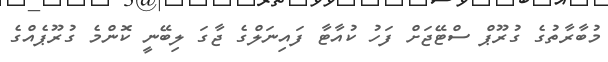
މުބާރާތުގެ ގުރޫޕް ސްޓޭޖަށް ފަހު ކުއާޓާ ފައިނަލްގެ ޖާގަ ލިބޭނީ ކޮންމެ ގުރޫޕެއްގެ